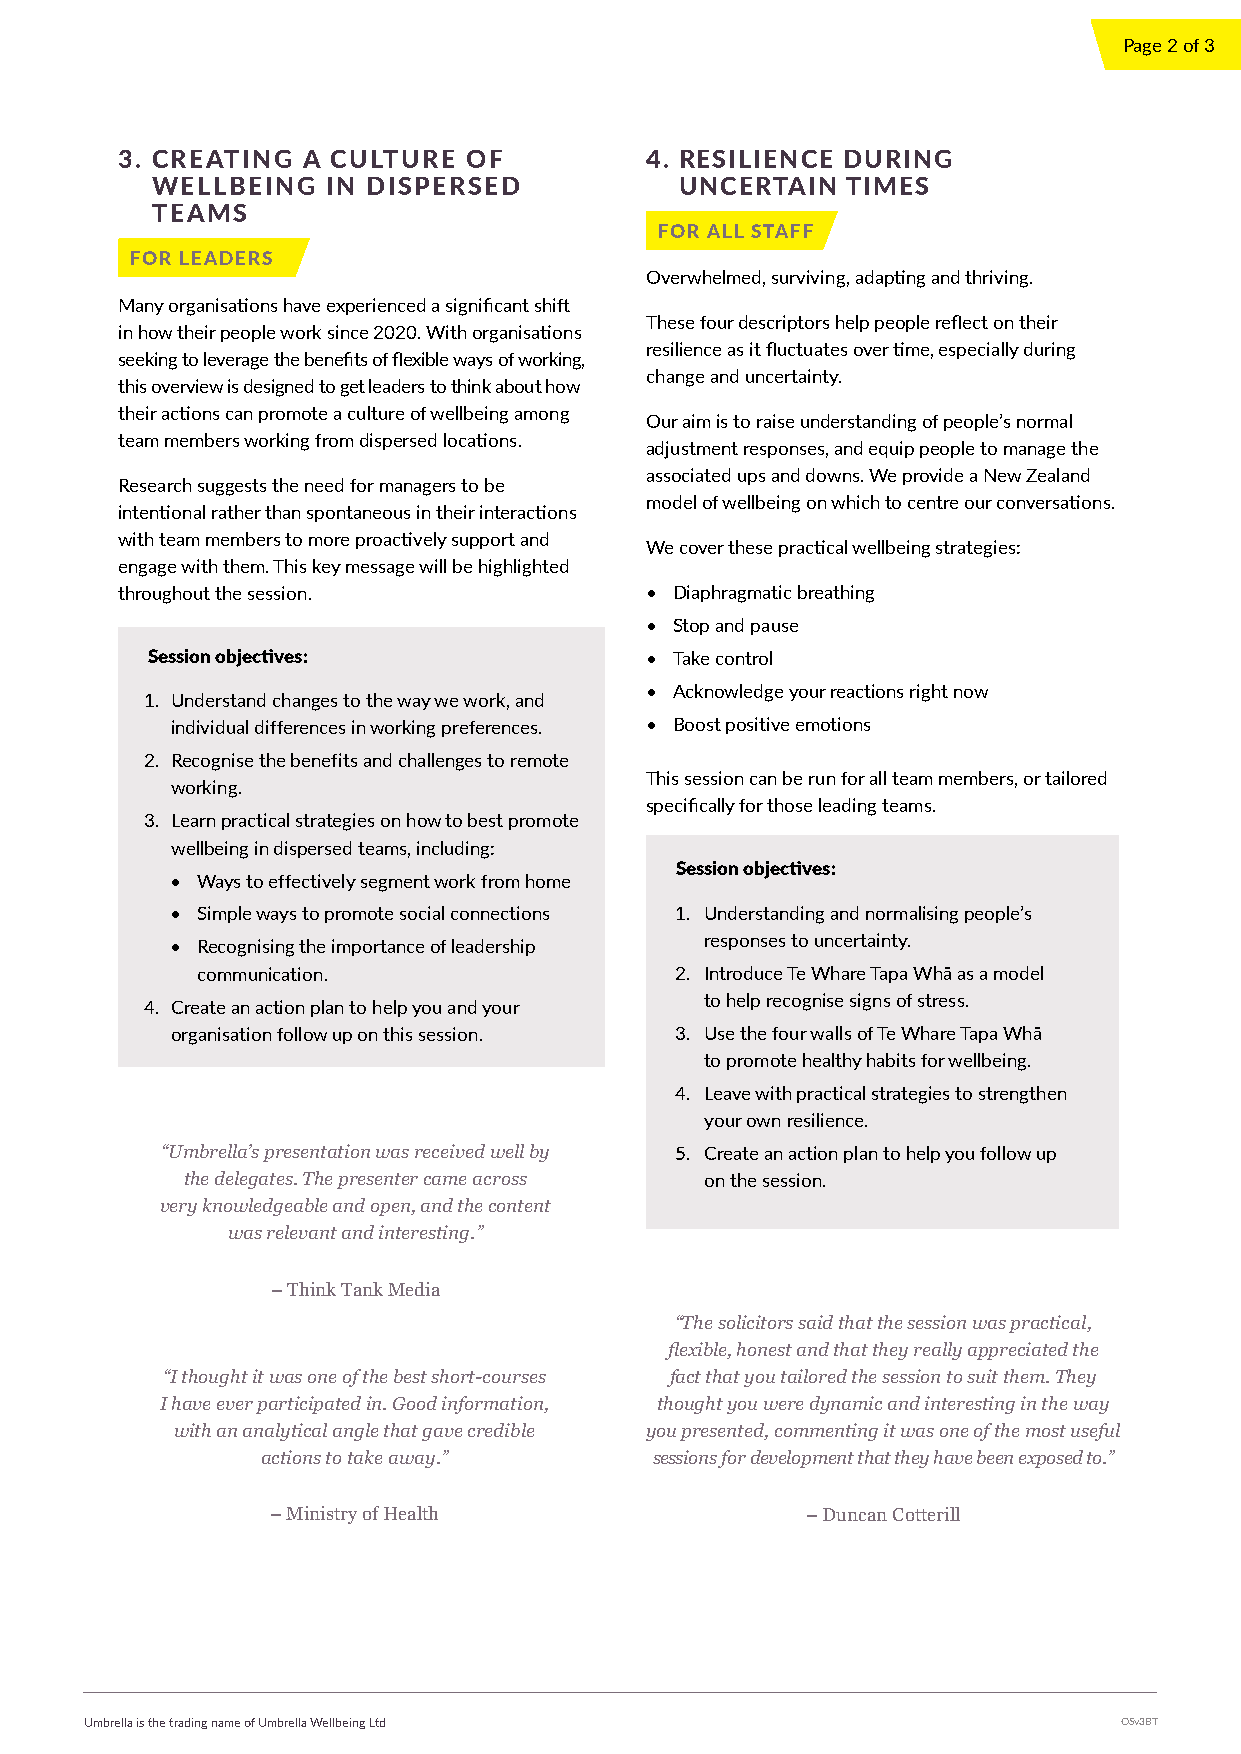
Page 2 of 3
 3. CREATING A CULTURE  OF          4. RESILIENCE DURING
 WELLBEING   IN DISPERSED           UNCERTAIN  TIMES
 TEAMS
 FOR ALL STAFF
 FOR LEADERS
 Overwhelmed, surviving, adapting and thriving.
 Many organisations have experienced a significant shift
 These four descriptors help people reflect on their
 in how their people work since 2020. With organisations
 resilience as it fluctuates over time, especially during
 seeking to leverage the benefits of flexible ways of working,
 change and uncertainty.
 this overview is designed to get leaders to think about how
 their actions can promote a culture of wellbeing among
 Our aim is to raise understanding of people’s normal
 team members working from dispersed locations.
 adjustment responses, and equip people to manage the
 associated ups and downs. We provide a New Zealand
 Research suggests the need for managers to be
 model of wellbeing on which to centre our conversations.
 intentional rather than spontaneous in their interactions
 with team members to more proactively support and
 We cover these practical wellbeing strategies:
 engage with them. This key message will be highlighted
 throughout the session.            • Diaphragmatic breathing
 • Stop and pause
 Session objectives:              • Take control
 • Acknowledge your reactions right now
 1. Understand changes to the way we work, and
 individual differences in working preferences. • Boost positive emotions
 2. Recognise the benefits and challenges to remote
 This session can be run for all team members, or tailored
 working.
 specifically for those leading teams.
 3. Learn practical strategies on how to best promote
 wellbeing in dispersed teams, including:
 Session objectives:
 • Ways to effectively segment work from home
 • Simple ways to promote social connections 1. Understanding and normalising people’s
 responses to uncertainty.
 • Recognising the importance of leadership
 communication.                  2. Introduce Te Whare Tapa Whā as a model
 to help recognise signs of stress.
 4. Create an action plan to help you and your
 organisation follow up on this session. 3. Use the four walls of Te Whare Tapa Whā
 to promote healthy habits for wellbeing.
 4. Leave with practical strategies to strengthen
 your own resilience.
 “Umbrella’s presentation was received well by 5. Create an action plan to help you follow up
 the delegates. The presenter came across on the session.
 very knowledgeable and open, and the content
 was relevant and interesting.”
 – Think Tank Media
 “The solicitors said that the session was practical,
 flexible, honest and that they really appreciated the
 “I thought it was one of the best short-courses fact that you tailored the session to suit them. They
 I have ever participated in. Good information, thought you were dynamic and interesting in the way
 with an analytical angle that gave credible you presented, commenting it was one of the most useful
 actions to take away.”    sessions for development that they have been exposed to.”
 – Ministry of Health               – Duncan Cotterill
 Umbrella is the trading name of Umbrella Wellbeing Ltd              OSv3BT